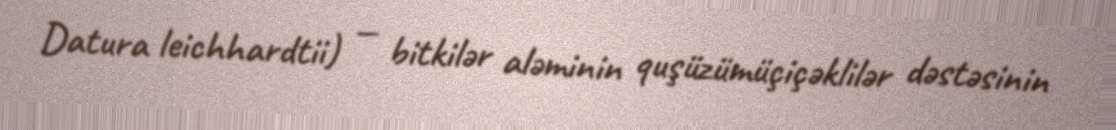
Datura leichhardtii) — bitkilər aləminin quşüzümüçiçəklilər dəstəsinin